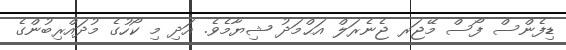
ޑިފެންސް ފޯސް މޭޖަރ ޖެނެރަލް އަޙްމަދު ޝިޔާމެވެ. އަދި މި ކޯހުގެ މުދައްރިބުންގެ